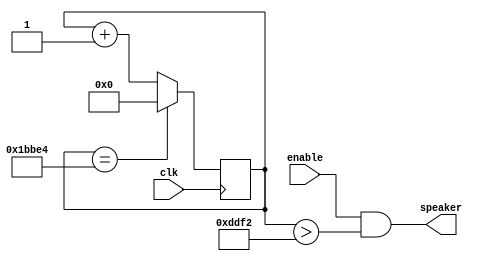

module Speaker(input clk, input enable, output speaker);

	reg[31:0] cnt;
	
	assign speaker = enable & (cnt > 32'd56818);
	
	always @(posedge clk) begin	
		if(cnt == 32'd113636)
			cnt <= 32'd0;
		else
			cnt <= cnt + 1;
	end

endmodule